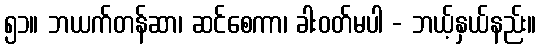
၅၁။ ဘယက်တန်ဆာ၊ ဆင်စေကာ၊ ခါးဝတ်မပါ - ဘယ့်နှယ်နည်း။